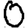
Digit: 0